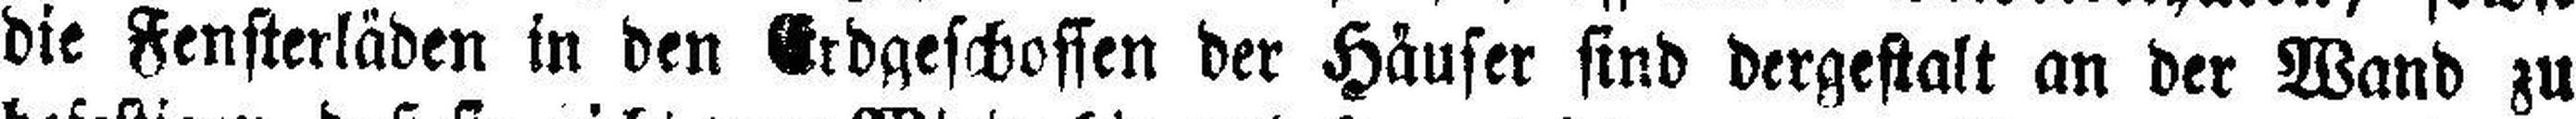
die Fensterläden in den Erdgeschossen der Häuser sind dergestalt an der Wand zu